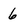
Character: 6